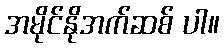
အမိုင်နိုအက်ဆစ် ပါ။